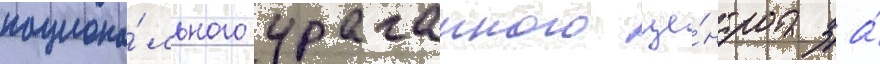
национа́льного ураганного це́нтра за́